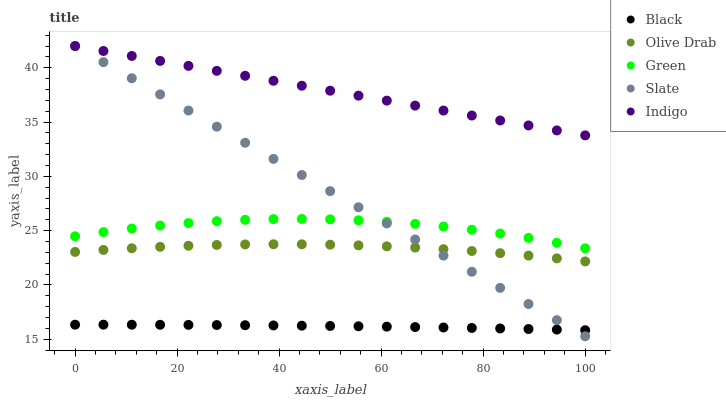
| xaxis_label | Black | Olive Drab | Green | Slate | Indigo |
 | --- | --- | --- | --- | --- | --- |
 | 0 | 16.3 | 23 | 24.5 | 42 | 42 |
 | 5.56 | 16.3 | 23.2 | 24.9 | 40.5 | 41.5 |
 | 11.1 | 16.3 | 23.4 | 25.2 | 39 | 41.1 |
 | 16.7 | 16.3 | 23.5 | 25.5 | 37.5 | 40.6 |
 | 22.2 | 16.3 | 23.6 | 25.7 | 36.1 | 40.2 |
 | 27.8 | 16.3 | 23.7 | 25.9 | 34.6 | 39.7 |
 | 33.3 | 16.3 | 23.7 | 26 | 33.1 | 39.3 |
 | 38.9 | 16.3 | 23.7 | 26.1 | 31.6 | 38.8 |
 | 44.4 | 16.2 | 23.7 | 26.1 | 30.1 | 38.3 |
 | 50 | 16.2 | 23.7 | 26 | 28.6 | 37.9 |
 | 55.6 | 16.2 | 23.6 | 26 | 27.1 | 37.4 |
 | 61.1 | 16.2 | 23.5 | 25.8 | 25.7 | 37 |
 | 66.7 | 16.1 | 23.4 | 25.6 | 24.2 | 36.5 |
 | 72.2 | 16.1 | 23.3 | 25.4 | 22.7 | 36.1 |
 | 77.8 | 16 | 23.1 | 25.1 | 21.2 | 35.6 |
 | 83.3 | 16 | 22.9 | 24.7 | 19.7 | 35.1 |
 | 88.9 | 15.9 | 22.7 | 24.3 | 18.2 | 34.7 |
 | 94.4 | 15.9 | 22.4 | 23.9 | 16.8 | 34.2 |
 | 100 | 15.8 | 22.2 | 23.4 | 15.3 | 33.8 |